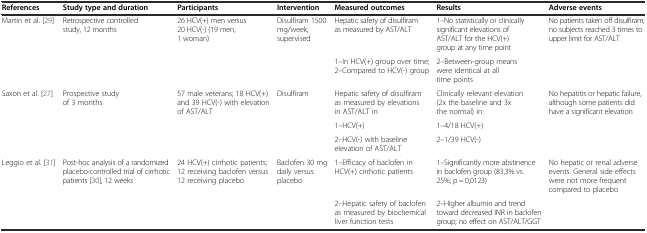
| References | Study type and duration | Participants | Intervention | Measured outcomes | Results | Adverse events |
 | --- | --- | --- | --- | --- | --- | --- |
 | Martin et al. [29] | Retrospective controlled study, 12 months | 26 HCV(+) men versus 20 HCV(-) (19 men, 1 woman) | Disulfiram 1500 mg/week, supervised | Hepatic safety of disulfiram as measured by AST/ALT | 1–No statistically or clinically significant elevations of AST/ALT for the HCV(+) group at any time point | No patients taken off disulfiram; no subjects reached 3 times to upper limit for AST/ALT |
 |  |  |  |  | 1–In HCV(+) group over time; 2–Compared to HCV(-) group | 2–Between-group means were identical at all time points |  |
 | Saxon et al. [27] | Prospective study of 3 months | 57 male veterans; 18 HCV(+) and 39 HCV(-) with elevation of AST/ALT | Disulfiram | Hepatic safety of disulfiram as measured by elevations in AST/ALT in | Clinically relevant elevation (2x the baseline and 3x the normal) in: | No hepatitis or hepatic failure, although some patients did have a significant elevation |
 |  |  |  |  | 1–HCV(+) | 1–4/18 HCV(+) |  |
 |  |  |  |  | 2–HCV(-) with baseline elevation of AST/ALT | 2–1/39 HCV(-) |  |
 | Leggio et al. [31] | Post-hoc analysis of a randomized placebo-controlled trial of cirrhotic patients [30], 12 weeks | 24 HCV(+) cirrhotic patients; 12 receiving baclofen versus 12 receiving placebo | Baclofen 30 mg daily versus placebo | 1–Efficacy of baclofen in HCV(+) cirrhotic patients | 1–Significantly more abstinence in baclofen group (83,3% vs. 25%; p = 0,0123) | No hepatic or renal adverse events. General side effects were not more frequent compared to placebo |
 |  |  |  |  | 2–Hepatic safety of baclofen as measured by biochemical liver function tests | 2–Higher albumin and trend toward decreased INR in baclofen group; no effect on AST/ALT/GGT |  |